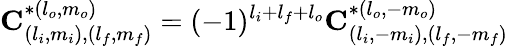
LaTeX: \mathbf{C}_{(l_{i},m_{i}),(l_{f},m_{f})}^{*(l_{o},m_{o})}=(-1)^{l_{i}+l_{f}+l_{o}}\mathbf{C}_{(l_{i},-m_{i}),(l_{f},-m_{f})}^{*(l_{o},-m_{o})}